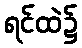
ရင်ထဲ၌